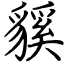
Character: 貕